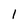
Character: l